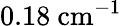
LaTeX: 0.18~\mathrm{cm}^{-1}